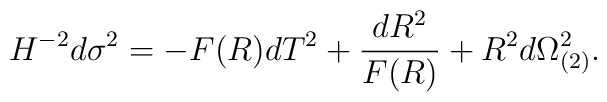
H^{-2} d\sigma^2= - F(R) dT^2+{dR^2 \over F(R)}+R^2 d\Omega_{(2)}^2.